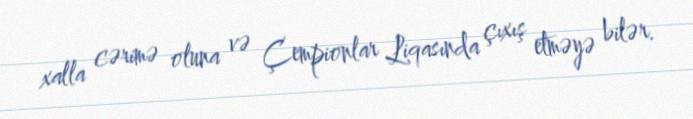
xalla cərimə oluna və Çempionlar Liqasında çıxış etməyə bilər.